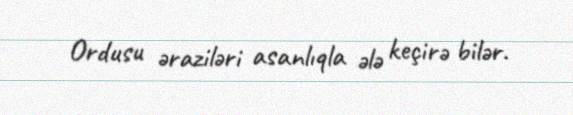
Ordusu əraziləri asanlıqla ələ keçirə bilər.